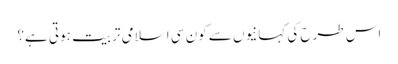
اس طرح کی کہانیوں سے کون سی اسلامی تربیت ہوتی ہے؟